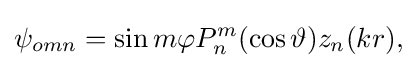
{\psi _{omn}=\sin m\varphi P_{n}^{m}(\cos \vartheta )z_{n}({k}r),}